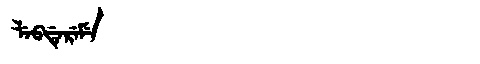
Manchu: ᠯᡝᠪᡩᡝᡵᡝᠮᡝ
Romanization: LEBDEREME